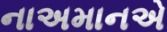
નાઅમાનએ